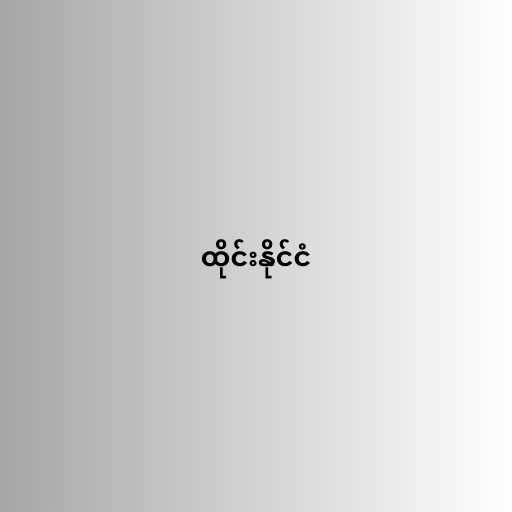
ထိုင်းနိုင်ငံ